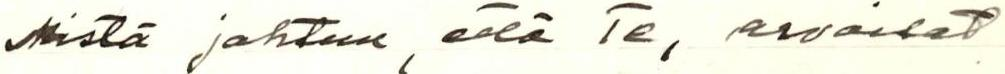
Mistä johtuu, että Te, arvoisat